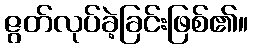
ဇွတ်လုပ်ခဲ့ခြင်းဖြစ်၏။